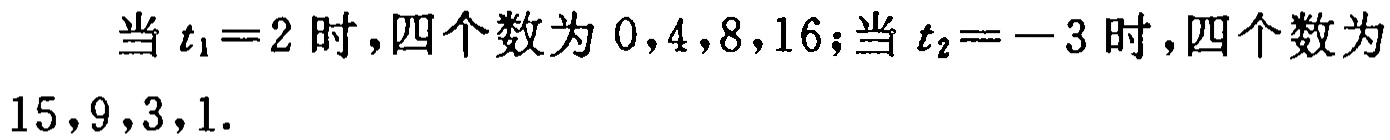
当 \(t_1 = 2\) 时，四个数为 \(0,4,8,16\)；当 \(t_2 = -3\) 时，四个数为 \(15,9,3,1\).